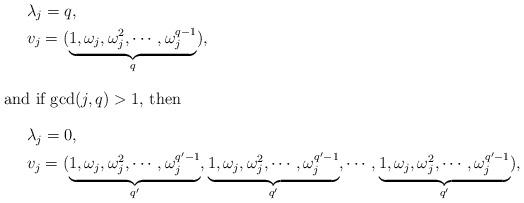
LaTeX: \begin{align*}& \lambda_j=q, \\& v_j= (\underbrace{1,\omega_j,\omega_j^2, \cdots, \omega_j^{q-1}}_{q}),\intertext{and if $\gcd(j,q)>1$, then}& \lambda_j=0, \\& v_j= (\underbrace{1,\omega_j,\omega_j^2, \cdots, \omega_j^{q'-1}}_{q'},\underbrace{1,\omega_j,\omega_j^2, \cdots, \omega_j^{q'-1}}_{q'}, \cdots,\underbrace{1,\omega_j,\omega_j^2, \cdots, \omega_j^{q'-1}}_{q'}),\end{align*}